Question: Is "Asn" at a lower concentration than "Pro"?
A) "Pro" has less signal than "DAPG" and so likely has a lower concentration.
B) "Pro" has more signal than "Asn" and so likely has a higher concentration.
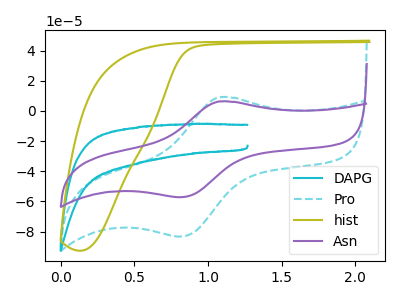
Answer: <think>The cyan curve "DAPG" has no peaks. The cyan dashed curve "Pro" has an anodic peak at (1.05V, 9.10uA) and a cathodic peak at (0.80V, -83.35uA). The olive curve "hist" has no peaks. The purple curve "Asn" has an anodic peak at (1.05V, 6.25uA) and a cathodic peak at (0.80V, -57.25uA).
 All the peaks in "Pro" have a peak in "Asn" at the same potential. Every peak in "Pro" is higher than every peak in "Asn".</think>
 <answer>B) "Pro" has more signal than "Asn" and so likely has a higher concentration.</answer>
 <eval>B</eval>